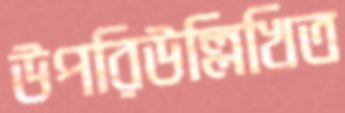
উপরিউল্লিখিত